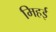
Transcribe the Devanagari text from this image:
मिहई